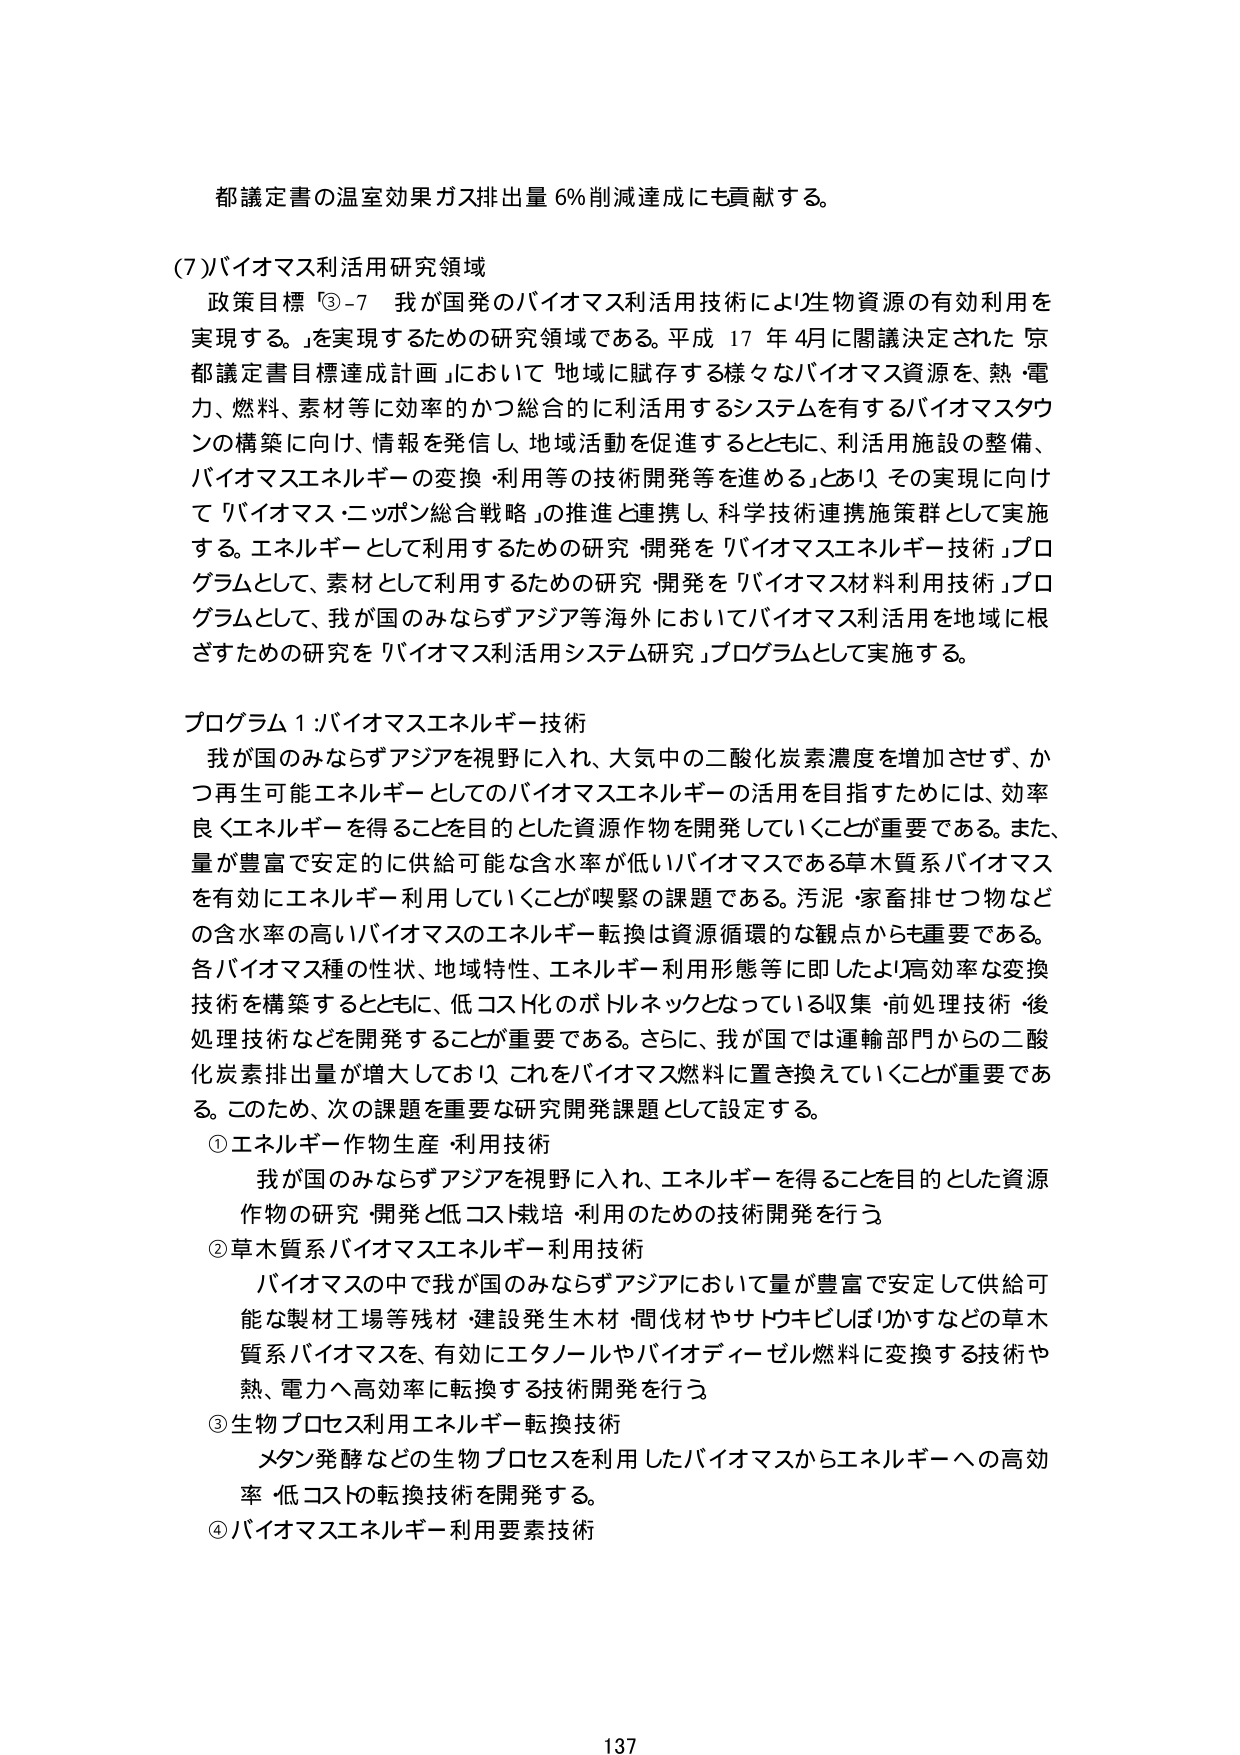
都議定書の温室効果ガス排出量 6% 削減達成にも貢献する。

(7) バイオマス利活用研究領域
政策目標 ③-7 我が国発のバイオマス利活用技術により生物資源の有効利用を実現する。」を実現するための研究領域である。平成 17 年 4月に閣議決定された「京都議定書目標達成計画」において「地域に賦存する様々なバイオマス資源を、熱・電力、燃料、素材等に効率的かつ総合的に利活用するシステムを有するバイオマスタウンの構築に向け、情報を発信し、地域活動を促進するとともに、利活用施設の整備、バイオマスエネルギーの変換・利用等の技術開発等を進める」とあり、その実現に向けて「バイオマス・ニッポン総合戦略」の推進と連携し、科学技術連携施策群として実施する。エネルギーとして利用するための研究・開発を「バイオマスエネルギー技術」プログラムとして、素材として利用するための研究・開発を「バイオマス材料利用技術」プログラムとして、我が国のみならずアジア等海外においてバイオマス利活用を地域に根ざすための研究を「バイオマス利活用システム研究」プログラムとして実施する。

プログラム 1：バイオマスエネルギー技術
我が国のみならずアジアを視野に入れ、大気中の二酸化炭素濃度を増加させず、かつ再生可能エネルギーとしてのバイオマスエネルギーの活用を目指すためには、効率良くエネルギーを得ることを目的とした資源作物を開発していくことが重要である。また、量が豊富で安定的に供給可能な含水率が低いバイオマスである草木質系バイオマスを有効にエネルギー利用していくことが喫緊の課題である。汚泥・家畜排せつ物などの含水率の高いバイオマスのエネルギー転換は資源循環的な観点からも重要である。各バイオマス種の性状、地域特性、エネルギー利用形態等に即したより高効率な変換技術を構築するとともに、低コスト化のボトルネックとなっている収集・前処理技術・後処理技術などを開発することが重要である。さらに、我が国では運輸部門からの二酸化炭素排出量が増大しており、これをバイオマス燃料に置き換えていくことが重要である。このため、次の課題を重要な研究開発課題として設定する。

① エネルギー作物生産・利用技術
我が国のみならずアジアを視野に入れ、エネルギーを得ることを目的とした資源作物の研究・開発と低コスト栽培・利用のための技術開発を行う。

② 草木質系バイオマスエネルギー利用技術
バイオマスの中で我が国のみならずアジアにおいて量が豊富で安定して供給可能な製材工場等残材・建設発生木材・間伐材やサトウキビしばりかすなどの草木質系バイオマスを、有効にエタノールやバイオディーゼル燃料に変換する技術や熱、電力へ高効率に転換する技術開発を行う。

③ 生物プロセス利用エネルギー転換技術
メタン発酵などの生物プロセスを利用したバイオマスからエネルギーへの高効率・低コストの転換技術を開発する。

④ バイオマスエネルギー利用要素技術

137